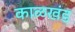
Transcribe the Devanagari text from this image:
काळखंड